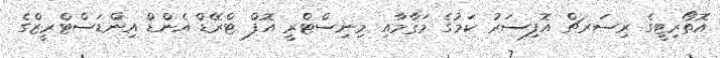
އޮތޯރިޓީގެ ރިސަރޗް އޮފިސަރު ކަމުގެ މަޤާމާއި މިނިސްޓްރީ އޮފް ޓްރޭޑް އެންޑް އިންޑަސްޓްރީޒްގެ